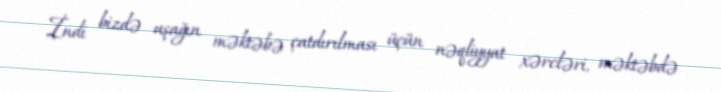
İndi bizdə uşağın məktəbə çatdırılması üçün nəqliyyat xərcləri, məktəbdə